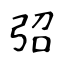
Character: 弨